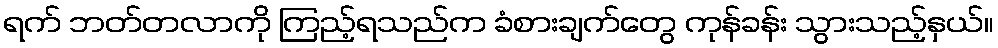
ရက် ဘတ်တလာကို ကြည့်ရသည်က ခံစားချက်တွေ ကုန်ခန်း သွားသည့်နှယ်။